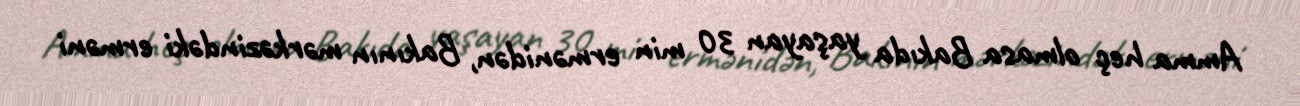
Amma heç olmasa Bakıda yaşayan 30 min ermənidən, Bakının mərkəzindəki erməni